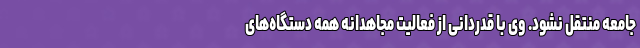
جامعه منتقل نشود. وی با قدردانی از فعالیت مجاهدانه همه دستگاه‌های